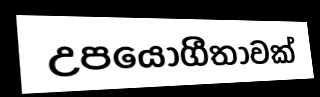
උපයෝගීතාවක්